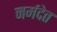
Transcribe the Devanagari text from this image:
नर्मदेत